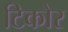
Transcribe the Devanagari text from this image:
टिकोर